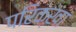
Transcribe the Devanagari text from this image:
परिक्खा